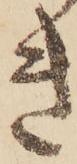
き